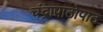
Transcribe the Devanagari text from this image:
चंद्रापाठोपाठ